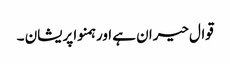
قوال حیران ہے اور ہمنوا پریشان ۔